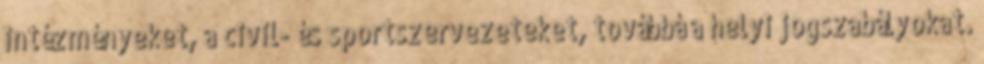
intézményeket, a civil- és sportszervezeteket, továbbá a helyi jogszabályokat.